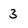
Character: 3